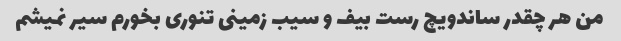
من هر چقدر ساندویچ رست بیف و سیب زمینی تنوری بخورم سیر نمیشم